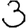
Digit: 3